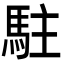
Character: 駐